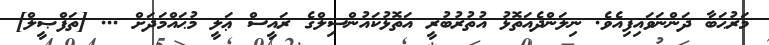
މަރުޙަބާ ދަންނަވައިފިއެވެ. ނިލަންދެއަތޮޅު އުތުރުބުރީ އަތޮޅުކައުންސިލްގެ ރައީސް ޢަލީ މުޙައްމަދަށް ... [ތަފްޞީލް]